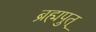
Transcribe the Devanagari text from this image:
ब्रह्मपुत्